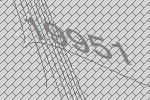
19951